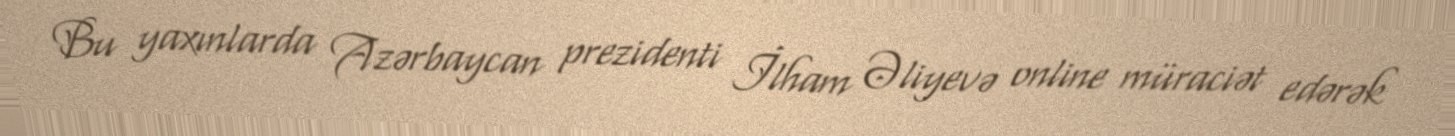
Bu yaxınlarda Azərbaycan prezidenti İlham Əliyevə online müraciət edərək